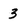
Character: 3